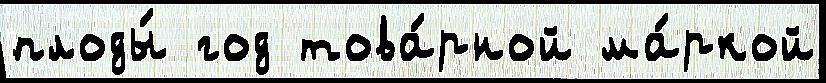
плоды́ год това́рной ма́ркой